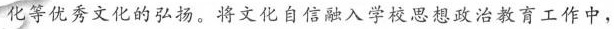
化等优秀文化的弘扬。将文化自信融入学校思想政治教育工作中，